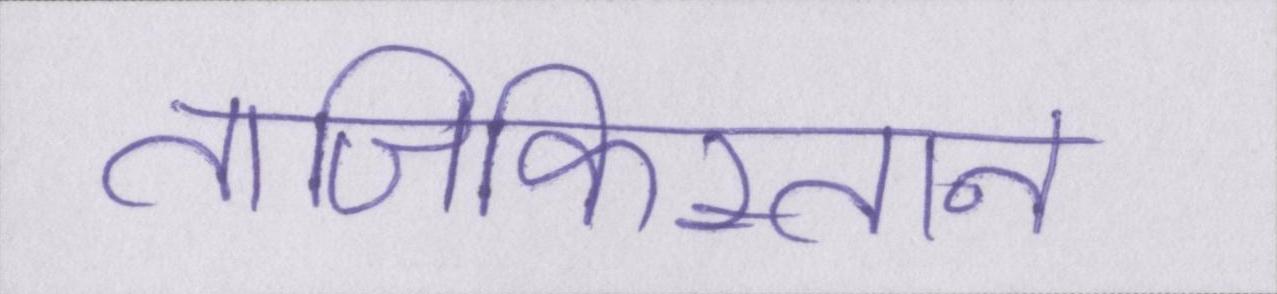
ताजिकिस्तान